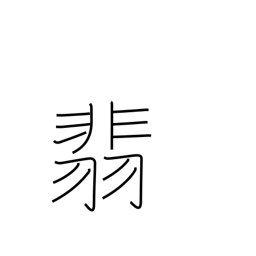
Meaning: kingfisher